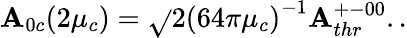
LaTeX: \mathbf{A}_{0c}(2\mu_{c})=\sqrt{}{{2}}{(64\pi\mu_{c})}^{-1}\mathbf{A}_{thr}^{+-00}..